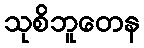
သုစိဘူတေန